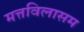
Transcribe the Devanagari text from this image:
मत्तविलासम